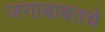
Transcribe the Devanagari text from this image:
जगाबाबतचे